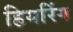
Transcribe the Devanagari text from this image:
हियरिंग